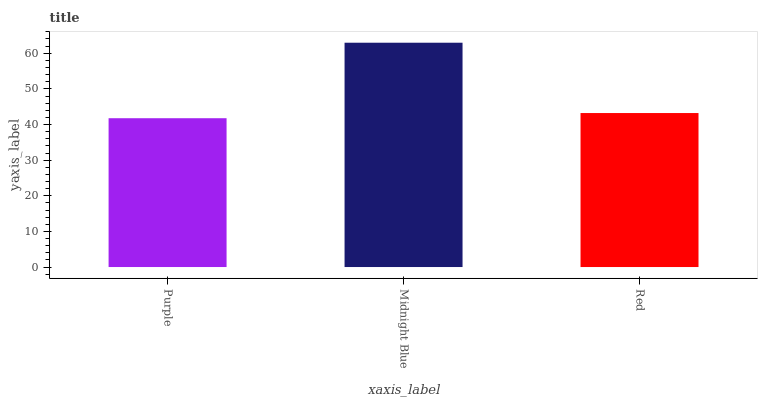
| xaxis_label | bars |
 | --- | --- |
 | Purple | 41.8 |
 | Midnight Blue | 63 |
 | Red | 43.2 |